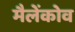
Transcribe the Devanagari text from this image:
मैलेंकोव